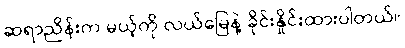
ဆရာညိန်းက မယ့်ကို လယ်မြေနဲ့ ခိုင်းနှိုင်းထားပါတယ်။